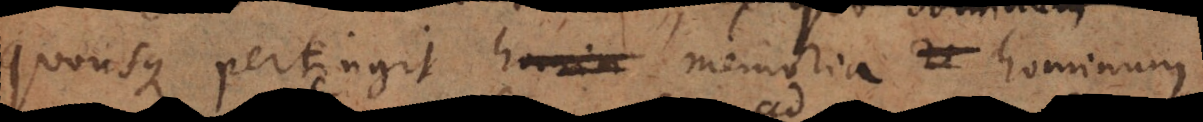
quousque pertingit _ memoria hominum